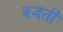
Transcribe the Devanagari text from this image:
बजतीं